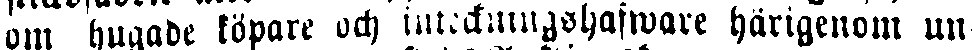
om hugade köpare och inteckningshafware härigenom un